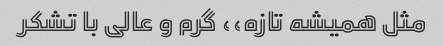
مثل همیشه تازه،، گرم و عالی با تشکر